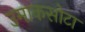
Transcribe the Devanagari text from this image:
उमाकसोटा